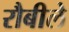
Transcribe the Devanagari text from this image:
रौबीले